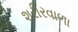
શરીરવાળા